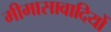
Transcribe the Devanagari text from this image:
मीमासावादियों